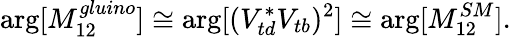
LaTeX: \arg[M_{12}^{gluino}]\cong\arg[(V_{td}^{*}V_{tb})^{2}]\cong\arg[M_{12}^{SM}].